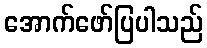
အောက်ဖော်ပြပါသည်